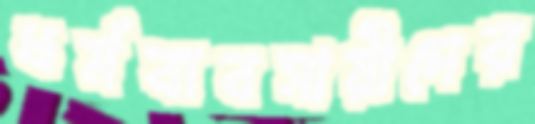
ধর্মব্যবসায়ীদের